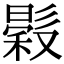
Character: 𢒳